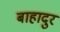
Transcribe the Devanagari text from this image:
बाहादुर